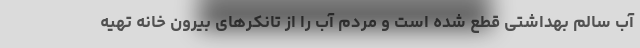
آب سالم بهداشتی قطع شده است و مردم آب را از تانکرهای بیرون خانه تهیه